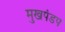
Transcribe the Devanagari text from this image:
मुखपंडप